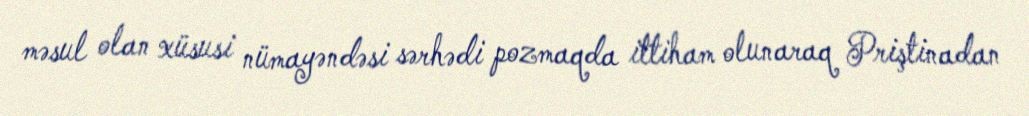
məsul olan xüsusi nümayəndəsi sərhədi pozmaqda ittiham olunaraq Priştinadan